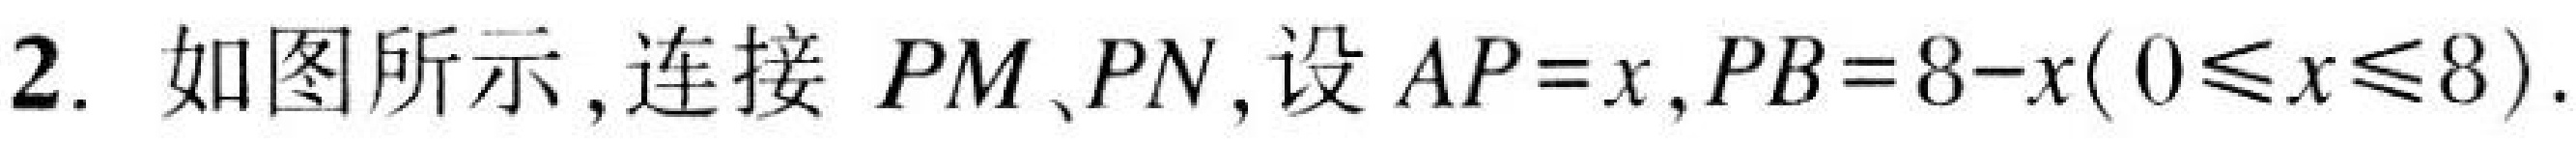
2. 如图所示, 连接 \(PM、PN\), 设 \(AP = x\), \(PB = 8 - x(0\leqslant x\leqslant8)\).